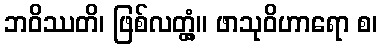
ဘဝိဿတိ၊ ဖြစ်လတ္တံ့။ ဖာသုဝိဟာရော စ၊